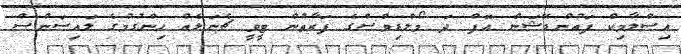
އިސްލާމިކް ފައުންޑޭޝަން އޮފް ދަ މޯލްޑިވްސްގެ ފަރާތުން ޓީވީ ޗެނަލެއް ހިންގުމުގެ ލައިސަންސް